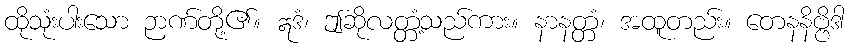
ထိုသုံးပါးသော ဉာဏ်တို့၏။ ဣဒံ၊ ဤဆိုလတ္တံ့သည်ကား။ နာနတ္တံ၊ အထူတည်း။ တေနနိဗ္ဗိဒါ